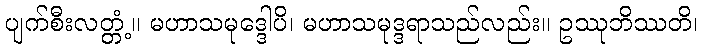
ပျက်စီးလတ္တံ့။ မဟာသမုဒ္ဒေါပိ၊ မဟာသမုဒ္ဒရာသည်လည်း။ ဥဿုဘိဿတိ၊